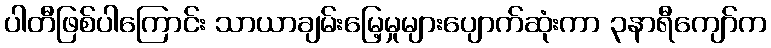
ပါတီဖြစ်ပါကြောင်း သာယာချမ်းမြေ့မှုများပျောက်ဆုံးကာ ၃နာရီကျော်က